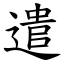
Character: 遣